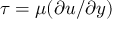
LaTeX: \tau = \mu ( \partial u / \partial y )